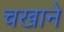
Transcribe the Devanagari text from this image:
चखाने